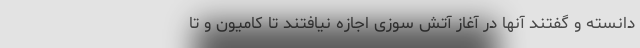
دانسته و گفتند آنها در آغاز آتش سوزی اجازه نیافتند تا کامیون و تا